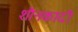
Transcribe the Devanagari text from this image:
शौनकादी